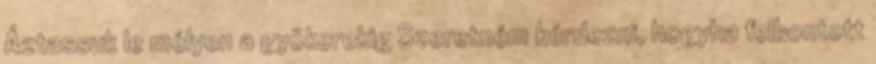
Áztassuk le mélyen a gyökerekig Szeretném kérdezni, hogyha felbontott